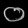
Digit: ၀